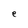
Character: e